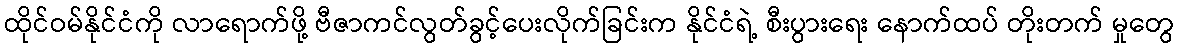
ထိုင်ဝမ်နိုင်ငံကို လာရောက်ဖို့ ဗီဇာကင်လွတ်ခွင့်ပေးလိုက်ခြင်းက နိုင်ငံရဲ့ စီးပွားရေး နောက်ထပ် တိုးတက် မှုတွေ